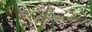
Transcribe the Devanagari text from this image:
ज्योतिषाचार्याशयवर्णन